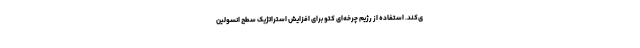
ی‌کند. استفاده از رژیم چرخه‌ای کتو برای افزایش استراتژیک سطح انسولین